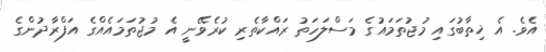
އެވެ. އެ ޚިތާބުގައި މުޖުތަމައުގެ މަސްލަހަތު ރައްކާތެރި ކުރެވޭނީ އެ މުޖުތަމައެއްގެ އަފްރާދުންގެ